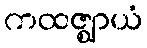
ကထဇ္ဈာယံ